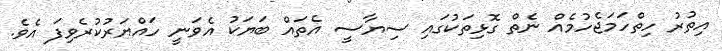
އިތުރު ހިތްހަމަޖެހުމެއް ނެތް ގޮޅިތަކުގައި ސިޔާސީ އެތައް ބަޔަކު އެވަނީ ހައްޔަރުކުރެވިފަ އެވެ.